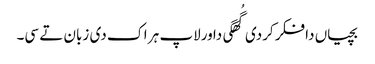
بچیاں دا فکر کردی گُھگی دا ورلاپ ہر اک دی زبان تے سی۔